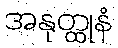
အနုတ္ထုနံ